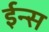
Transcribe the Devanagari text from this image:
ईन्स